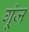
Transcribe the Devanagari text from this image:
गू्ंज